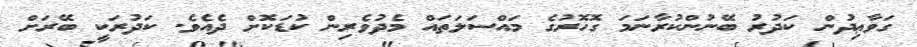
ގަވާޢިދުން ކަދުރު ބޭނުންކުރާނަމަ ގޮހޮރުގެ މައްސަލަތައް މެދުވެރިން ކުޑަކޮށް ދެއެވެ. ކަދުރަކީ ބޭރަށް